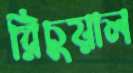
রিচুয়াল